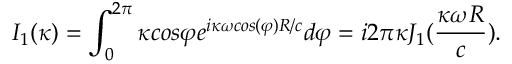
I _ { 1 } ( \kappa ) = \int _ { 0 } ^ { 2 \pi } { \kappa } c o s { \varphi } e ^ { i \kappa \omega { c o s ( \varphi ) } R / c } d { \varphi } = i 2 { \pi } { \kappa } J _ { 1 } ( \frac { \kappa \omega { R } } { c } ) .